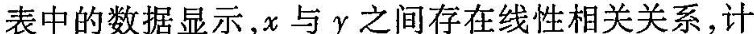
表中的数据显示，x与y之间存在线性相关关系，计